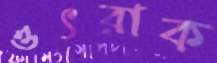
ওৎরাক